Report on the working of the Ranchi Indian Mental Hospital, Kanke, in Bihar and Orissa - 1930-1940
Year: 1930
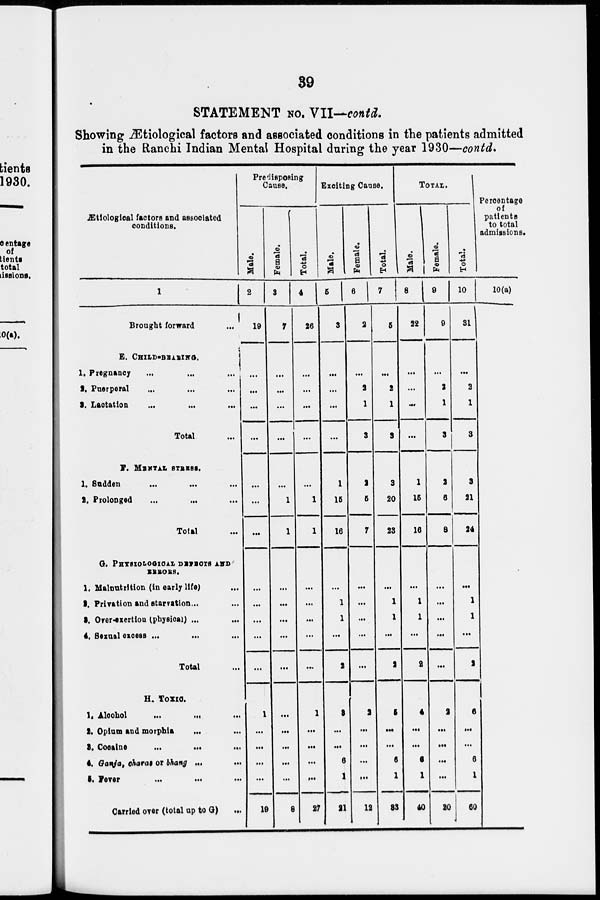
39
STATEMENT No. VII—contd.
Showing Ætiological factors and associated conditions in the patients admitted
in the Ranchi Indian Mental Hospital during the year 1930—contd.
Ætiological factors and associated
conditions.
1
Brought forward ...
E. CHILD-BEARING.
1. Pregnancy ... ... ...
2. Puerperal ... ... ...
3. Lactation ... ... ...
Total ...
F. MENTAL STRESS.
1. Sudden ... ... ...
2. Prolonged ... ... ...
Total ...
G. PHYSIOLOGICAL DEFECTS AND
ERRORS.
1. Malnutrition (in early life) ...
2. Privation and starvation...
3. Orer-exertion (physical) ...
4. Sexual excess ... ... ...
Total ...
H. TOXIC.
1. Alcohol
...
...
...
2. Opium and morphia ... ...
3. Cocaine
...
...
...
4. Ganja, charas or bhang ...
5. Fever
...
...
...
Carried oyer (total up to G)
...
Predisposing
Cause.
Male.
2
19
...
...
...
...
...
...
...
...
...
...
...
...
1
...
...
...
...
19
Female.
3
7
...
...
...
...
...
1
1
...
...
...
...
...
...
...
...
...
...
8
Total.
4
26
...
...
...
...
1
1
...
...
...
...
...
1
...
...
...
...
27
Exciting Cause.
Male.
5
3
...
...
...
...
1
15
16
...
1
1
...
2
3
...
...
6
1
21
Female.
6
2
...
2
1
3
2
5
7
...
...
...
...
...
2
...
...
...
...
12
Total.
7
5
...
2
1
3
3
20
23
...
1
1
...
2
5
...
...
6
1
33
TOTAL.
Male.
8
22
...
...
...
...
1
15
16
...
1
1
...
2
4
...
...
6
1
40
Female.
9
9
...
2
1
3
2
6
8
...
...
...
...
...
2
...
...
...
...
20
Total.
10
31
...
2
1
3
3
21
24
...
1
1
...
2
6
...
...
6
1
60
Percentage
of
patients
to total
admissions.
10(a)